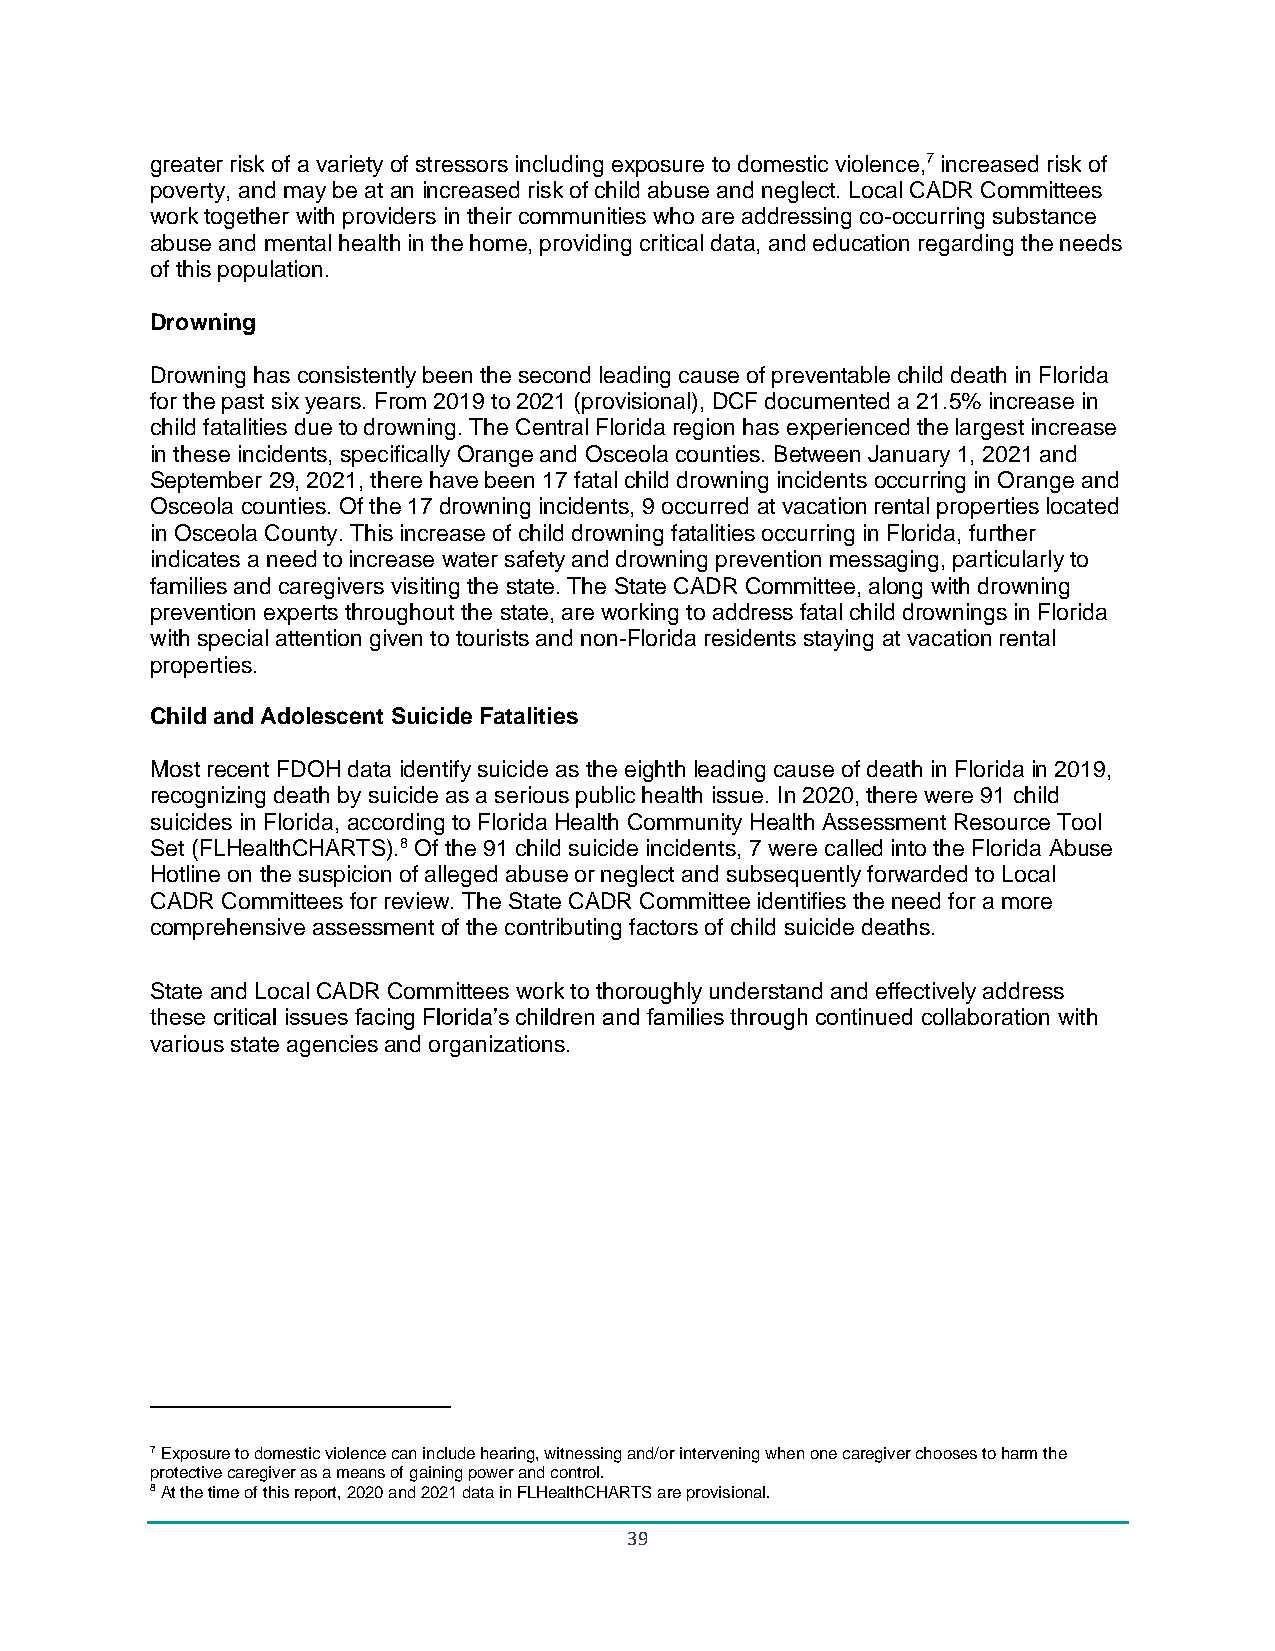
greater risk of a variety of stressors including exposure to domestic violence,7 increased risk of
 poverty, and may be at an increased risk of child abuse and neglect. Local CADR Committees
 work together with providers in their communities who are addressing co-occurring substance
 abuse and mental health in the home, providing critical data, and education regarding the needs
 of this population.
 Drowning
 Drowning has consistently been the second leading cause of preventable child death in Florida
 for the past six years. From 2019 to 2021 (provisional), DCF documented a 21.5% increase in
 child fatalities due to drowning. The Central Florida region has experienced the largest increase
 in these incidents, specifically Orange and Osceola counties. Between January 1, 2021 and
 September 29, 2021, there have been 17 fatal child drowning incidents occurring in Orange and
 Osceola counties. Of the 17 drowning incidents, 9 occurred at vacation rental properties located
 in Osceola County. This increase of child drowning fatalities occurring in Florida, further
 indicates a need to increase water safety and drowning prevention messaging, particularly to
 families and caregivers visiting the state. The State CADR Committee, along with drowning
 prevention experts throughout the state, are working to address fatal child drownings in Florida
 with special attention given to tourists and non-Florida residents staying at vacation rental
 properties.
 Child and Adolescent Suicide Fatalities
 Most recent FDOH data identify suicide as the eighth leading cause of death in Florida in 2019,
 recognizing death by suicide as a serious public health issue. In 2020, there were 91 child
 suicides in Florida, according to Florida Health Community Health Assessment Resource Tool
 Set (FLHealthCHARTS).8 Of the 91 child suicide incidents, 7 were called into the Florida Abuse
 Hotline on the suspicion of alleged abuse or neglect and subsequently forwarded to Local
 CADR Committees for review. The State CADR Committee identifies the need for a more
 comprehensive assessment of the contributing factors of child suicide deaths.
 State and Local CADR Committees work to thoroughly understand and effectively address
 these critical issues facing Florida’s children and families through continued collaboration with
 various state agencies and organizations.
 7 Exposure to domestic violence can include hearing, witnessing and/or intervening when one caregiver chooses to harm the
 protective caregiver as a means of gaining power and control.
 8 At the time of this report, 2020 and 2021 data in FLHealthCHARTS are provisional.
 39